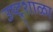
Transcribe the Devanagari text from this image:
उष्ट्र्शाळा